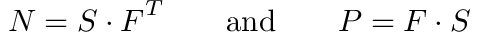
{ \boldsymbol { N } } = { \boldsymbol { S } } \cdot { \boldsymbol { F } } ^ { T } \qquad { \mathrm { a n d } } \qquad { \boldsymbol { P } } = { \boldsymbol { F } } \cdot { \boldsymbol { S } }